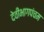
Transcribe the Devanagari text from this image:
देवीभागपंचम